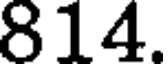
814.